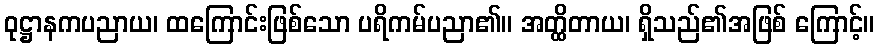
ဝုဋ္ဌာနကပညာယ၊ ထကြောင်းဖြစ်သော ပရိကမ်ပညာ၏။ အတ္ထိတာယ၊ ရှိသည်၏အဖြစ် ကြောင့်။